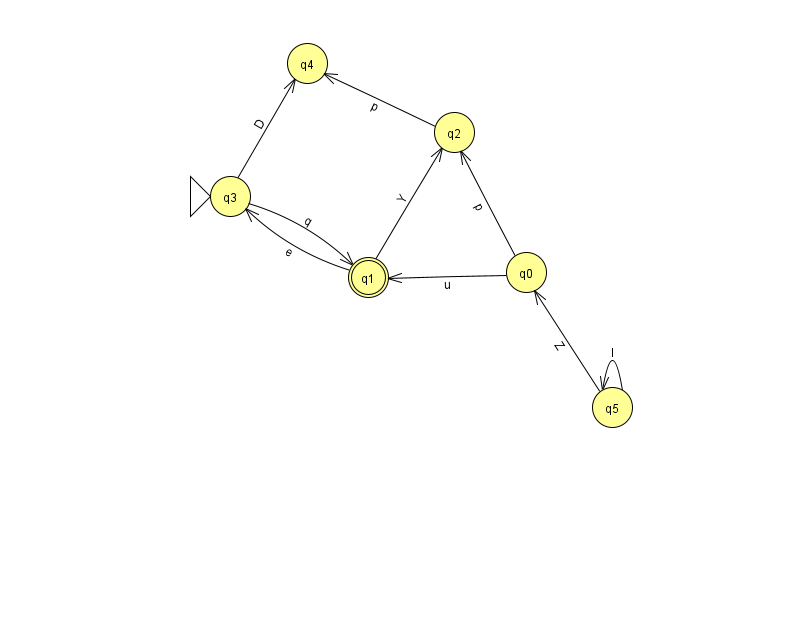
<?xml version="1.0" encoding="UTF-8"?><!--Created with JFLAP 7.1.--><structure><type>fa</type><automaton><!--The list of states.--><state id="0" name="q0"><x>526.0</x><y>259.0</y></state><state id="1" name="q1"><x>368.0</x><y>264.0</y><final/></state><state id="2" name="q2"><x>454.0</x><y>119.0</y></state><state id="3" name="q3"><x>230.0</x><y>183.0</y><initial/></state><state id="4" name="q4"><x>307.0</x><y>50.0</y></state><state id="5" name="q5"><x>612.0</x><y>394.0</y></state><!--The list of transitions.--><transition><from>0</from><to>2</to><read>p</read></transition><transition><from>1</from><to>2</to><read>Y</read></transition><transition><from>5</from><to>0</to><read>Z</read></transition><transition><from>5</from><to>5</to><read>I</read></transition><transition><from>1</from><to>3</to><read>e</read></transition><transition><from>2</from><to>4</to><read>p</read></transition><transition><from>3</from><to>4</to><read>D</read></transition><transition><from>0</from><to>1</to><read>u</read></transition><transition><from>3</from><to>1</to><read>q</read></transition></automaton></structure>